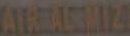
ATRIALAMIZ